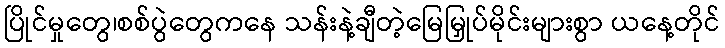
ပြိုင်မှုတွေ၊စစ်ပွဲတွေကနေ သန်းနဲ့ချီတဲ့မြေမြှုပ်မိုင်းများစွာ ယနေ့တိုင်